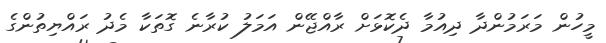
މީހުން މަރަމުންދާ ދިއުމާ ދެކޮޅަށް ރާއްޖޭން އަމަލު ކުރާނެ ގޮތަކާ މެދު ރައްޔިތުންގެ